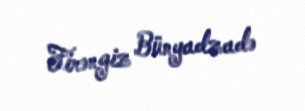
Firəngiz Bünyadzadə